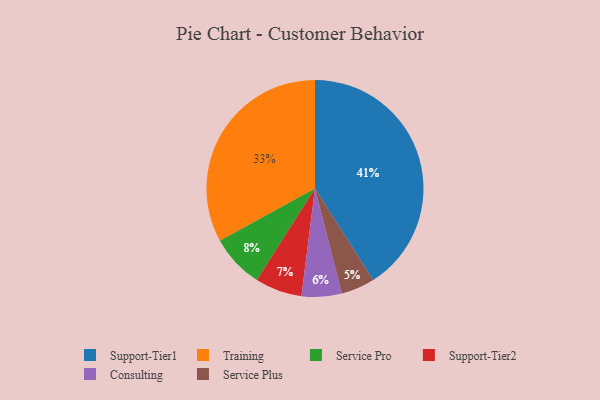
{"axis": {"x": "Category", "y": "Percentage"}, "legend": ["Consulting", "Service Plus", "Service Pro", "Support-Tier1", "Support-Tier2", "Training"], "data": [{"x": "Support-Tier2", "y": 7, "type": "Support-Tier2"}, {"x": "Service Plus", "y": 5, "type": "Service Plus"}, {"x": "Service Pro", "y": 8, "type": "Service Pro"}, {"x": "Consulting", "y": 6, "type": "Consulting"}, {"x": "Support-Tier1", "y": 41, "type": "Support-Tier1"}, {"x": "Training", "y": 33, "type": "Training"}]}